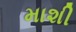
માશી